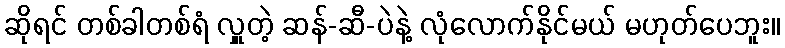
ဆိုရင် တစ်ခါတစ်ရံ လှူတဲ့ ဆန်-ဆီ-ပဲနဲ့ လုံလောက်နိုင်မယ် မဟုတ်ပေဘူး။